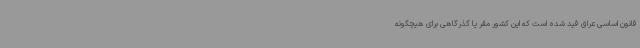
قانون اساسی عراق قید شده است که این کشور مقر یا گذرگاهی برای هیچگونه